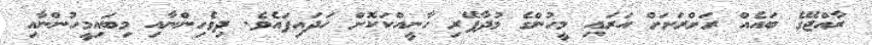
ރާއްޖޭގެ ބައެއް ރަށްރަށަށް އަރައި މީހުންގެ މުދާފޭރި ހާނީއްކަކޮށް ހަދައިފައެވެ. ދިވެހިންނާއި މިބައިމީހުންނާއި